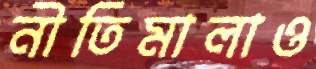
নীতিমালাও